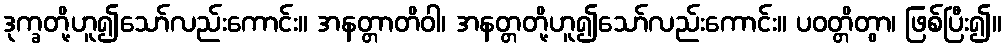
ဒုက္ခတို့ဟူ၍သော်လည်းကောင်း။ အနတ္တာတိဝါ၊ အနတ္တတို့ဟူ၍သော်လည်းကောင်း။ ပဝတ္တိတွာ၊ ဖြစ်ပြီး၍။